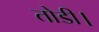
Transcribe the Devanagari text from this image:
तोडी।